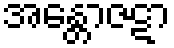
အန္တောဇဋာ